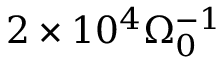
2 \times 1 0 ^ { 4 } \Omega _ { 0 } ^ { - 1 }